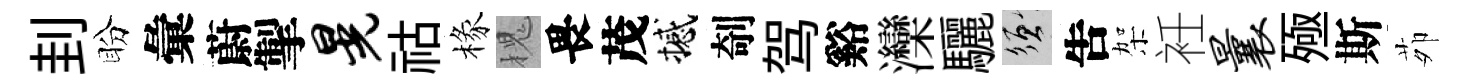
刲盼彙蔚掣晃祜椽槐畏茂撼剞驾谿灤驪須吿架衽曩殛斯茆